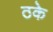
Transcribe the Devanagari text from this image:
ठके